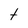
Character: t